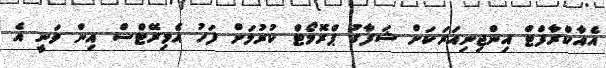
އެއާކްރާފްޓް އިންޖިނިއަރަކަށް ޝަފާގު ޕްރޮމޯޓް ކުރުމަށް ފަހު އެމިރޭޓްސް އިން ވަނީ އެ